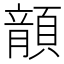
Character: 𩔍